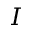
\boldsymbol { I }